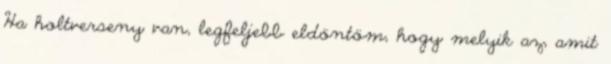
Ha holtverseny van, legfeljebb eldöntöm, hogy melyik az, amit